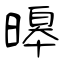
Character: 暤